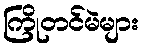
ကြိုတင်မဲများ